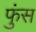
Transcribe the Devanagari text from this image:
फुंस